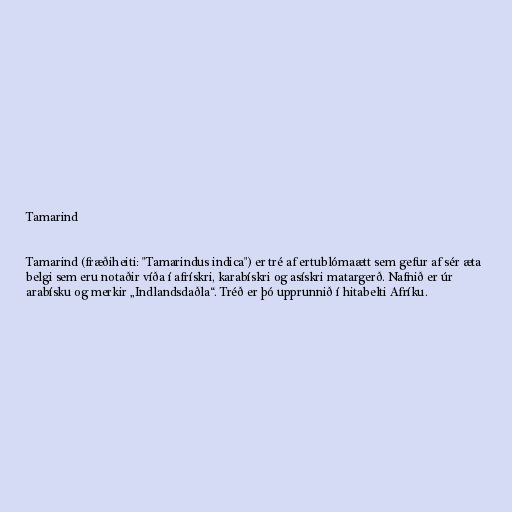
Tamarind

Tamarind (fræðiheiti: "Tamarindus indica") er tré af ertublómaætt sem gefur af sér æta
belgi sem eru notaðir víða í afrískri, karabískri og asískri matargerð. Nafnið er úr
arabísku og merkir „Indlandsdaðla“. Tréð er þó upprunnið í hitabelti Afríku.